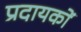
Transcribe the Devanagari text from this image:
प्रदायकों